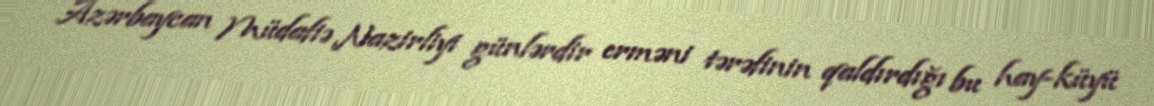
Azərbaycan Müdafiə Nazirliyi günlərdir erməni tərəfinin qaldırdığı bu hay-küyü